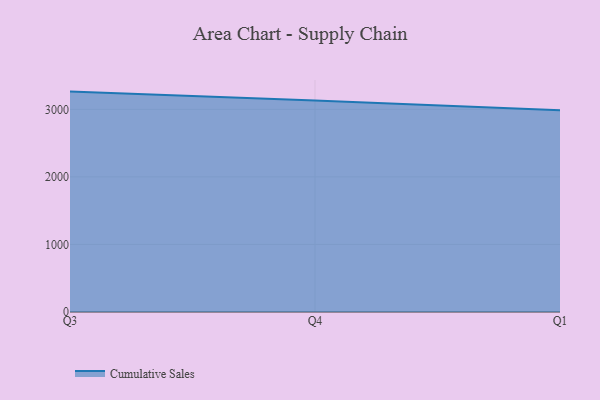
{"axis": {"x": "Quarter", "y": "Temperature (°C)"}, "legend": ["Cumulative Sales"], "data": [{"x": "Q3", "y": 3262.3, "type": "Cumulative Sales"}, {"x": "Q4", "y": 3130.2, "type": "Cumulative Sales"}, {"x": "Q1", "y": 2986.9, "type": "Cumulative Sales"}]}